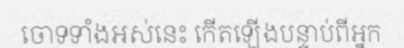
ចោទទាំងអស់នេះ កើតឡើងបន្ទាប់ពីអ្នក